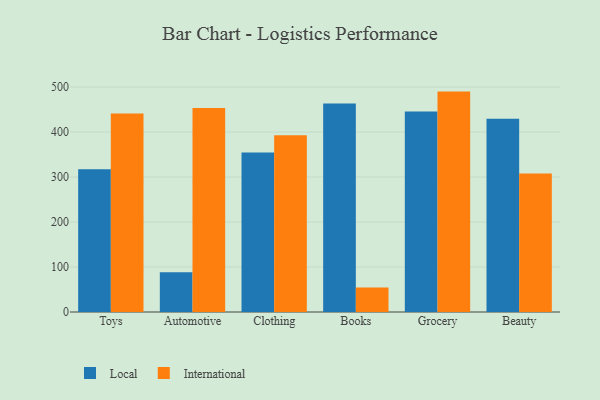
{"axis": {"x": "Category", "y": "Production Output"}, "legend": ["International", "Local"], "data": [{"x": "Toys", "y": 317.2, "type": "Local"}, {"x": "Toys", "y": 441.1, "type": "International"}, {"x": "Automotive", "y": 88.2, "type": "Local"}, {"x": "Automotive", "y": 453.5, "type": "International"}, {"x": "Clothing", "y": 354.3, "type": "Local"}, {"x": "Clothing", "y": 392.9, "type": "International"}, {"x": "Books", "y": 463.2, "type": "Local"}, {"x": "Books", "y": 54.2, "type": "International"}, {"x": "Grocery", "y": 445.7, "type": "Local"}, {"x": "Grocery", "y": 489.9, "type": "International"}, {"x": "Beauty", "y": 429.4, "type": "Local"}, {"x": "Beauty", "y": 308.0, "type": "International"}]}